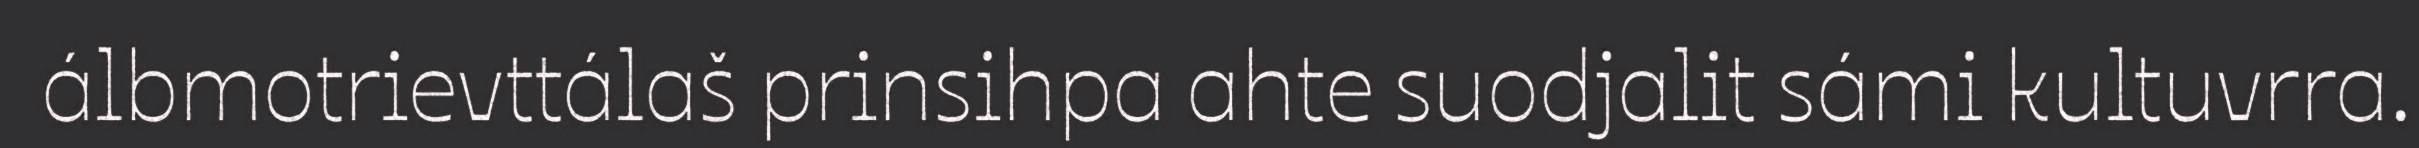
álbmotrievttálaš prinsihpa ahte suodjalit sámi kultuvrra.